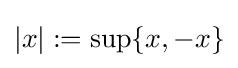
|x|:=\sup\{x,-x\}